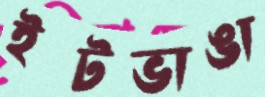
ইটভাঙা